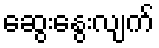
ဆွေးနွေးလျက်